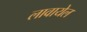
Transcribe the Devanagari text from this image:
लावायेल